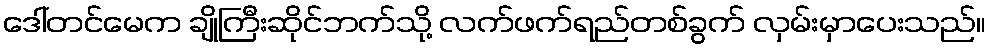
ဒေါ်တင်မေက ချိုကြီးဆိုင်ဘက်သို့ လက်ဖက်ရည်တစ်ခွက် လှမ်းမှာပေးသည်။